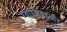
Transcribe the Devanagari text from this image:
ग्वालियरऔर